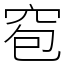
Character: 窇